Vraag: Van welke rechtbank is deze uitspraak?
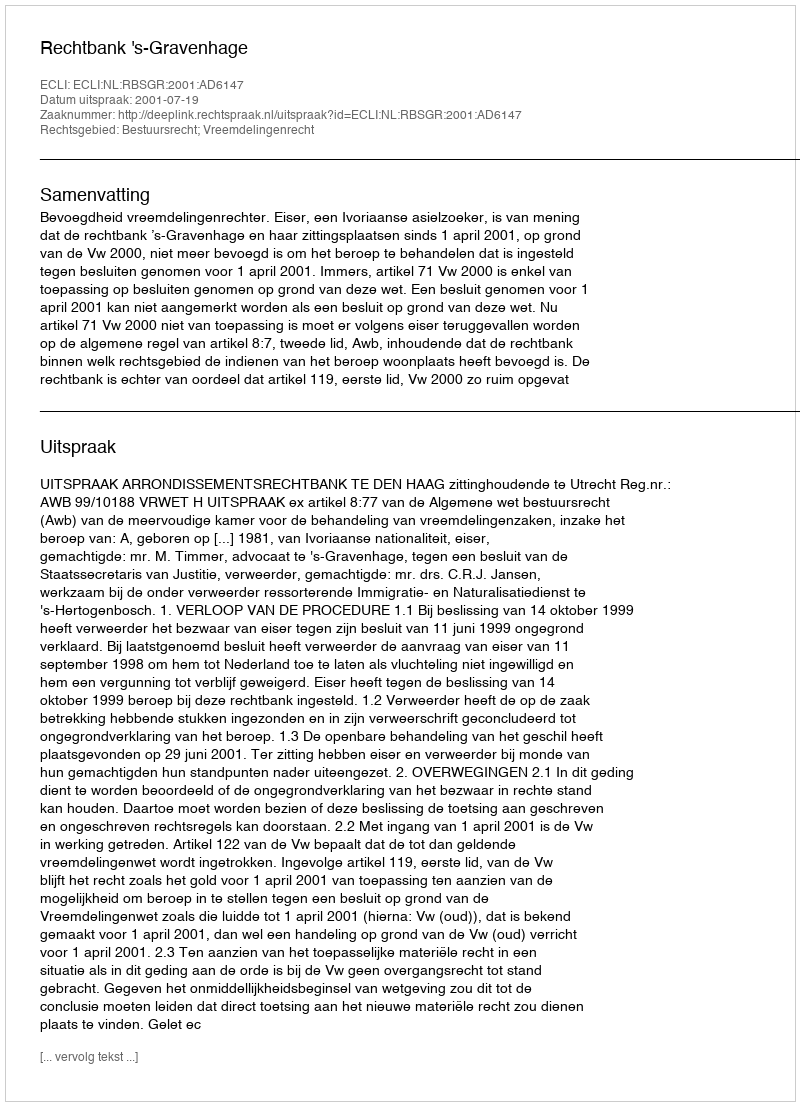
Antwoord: Rechtbank 's-Gravenhage